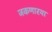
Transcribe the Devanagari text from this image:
जिंकणारया